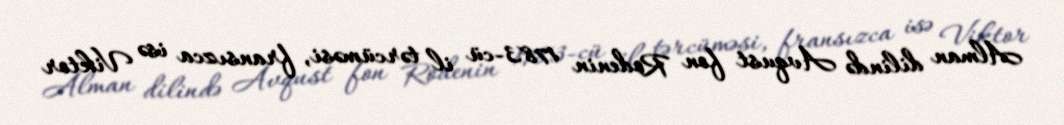
Alman dilində Avqust fon Rodenin 1783-cü il tərcüməsi, fransızca isə Viktor